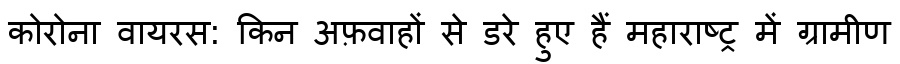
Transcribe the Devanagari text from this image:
कोरोना वायरस: किन अफ़वाहों से डरे हुए हैं महाराष्ट्र में ग्रामीण